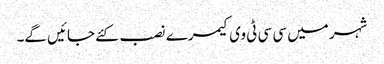
شہر میں سی سی ٹی وی کیمرے نصب کئے جائیں گے۔